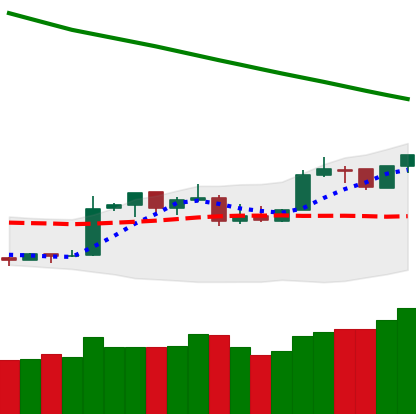
Ticker: XMR-USD
Chart end date: 2019-02-23
Forward return: -8.719%
Label: down_7plus